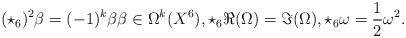
LaTeX: \begin{align*}\begin{aligned} (\star_6)^2 \beta = (-1)^k \beta \beta \in \Omega^k(X^6),\star_6 \Re(\Omega) = \Im(\Omega), \star_6 \omega = \frac{1}{2}\omega^2.\end{aligned}\end{align*}